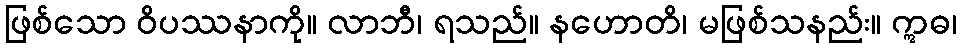
ဖြစ်သော ဝိပဿနာကို။ လာဘီ၊ ရသည်။ နဟောတိ၊ မဖြစ်သနည်း။ ဣဓ၊